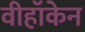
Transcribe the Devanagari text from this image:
वीहॉकेन